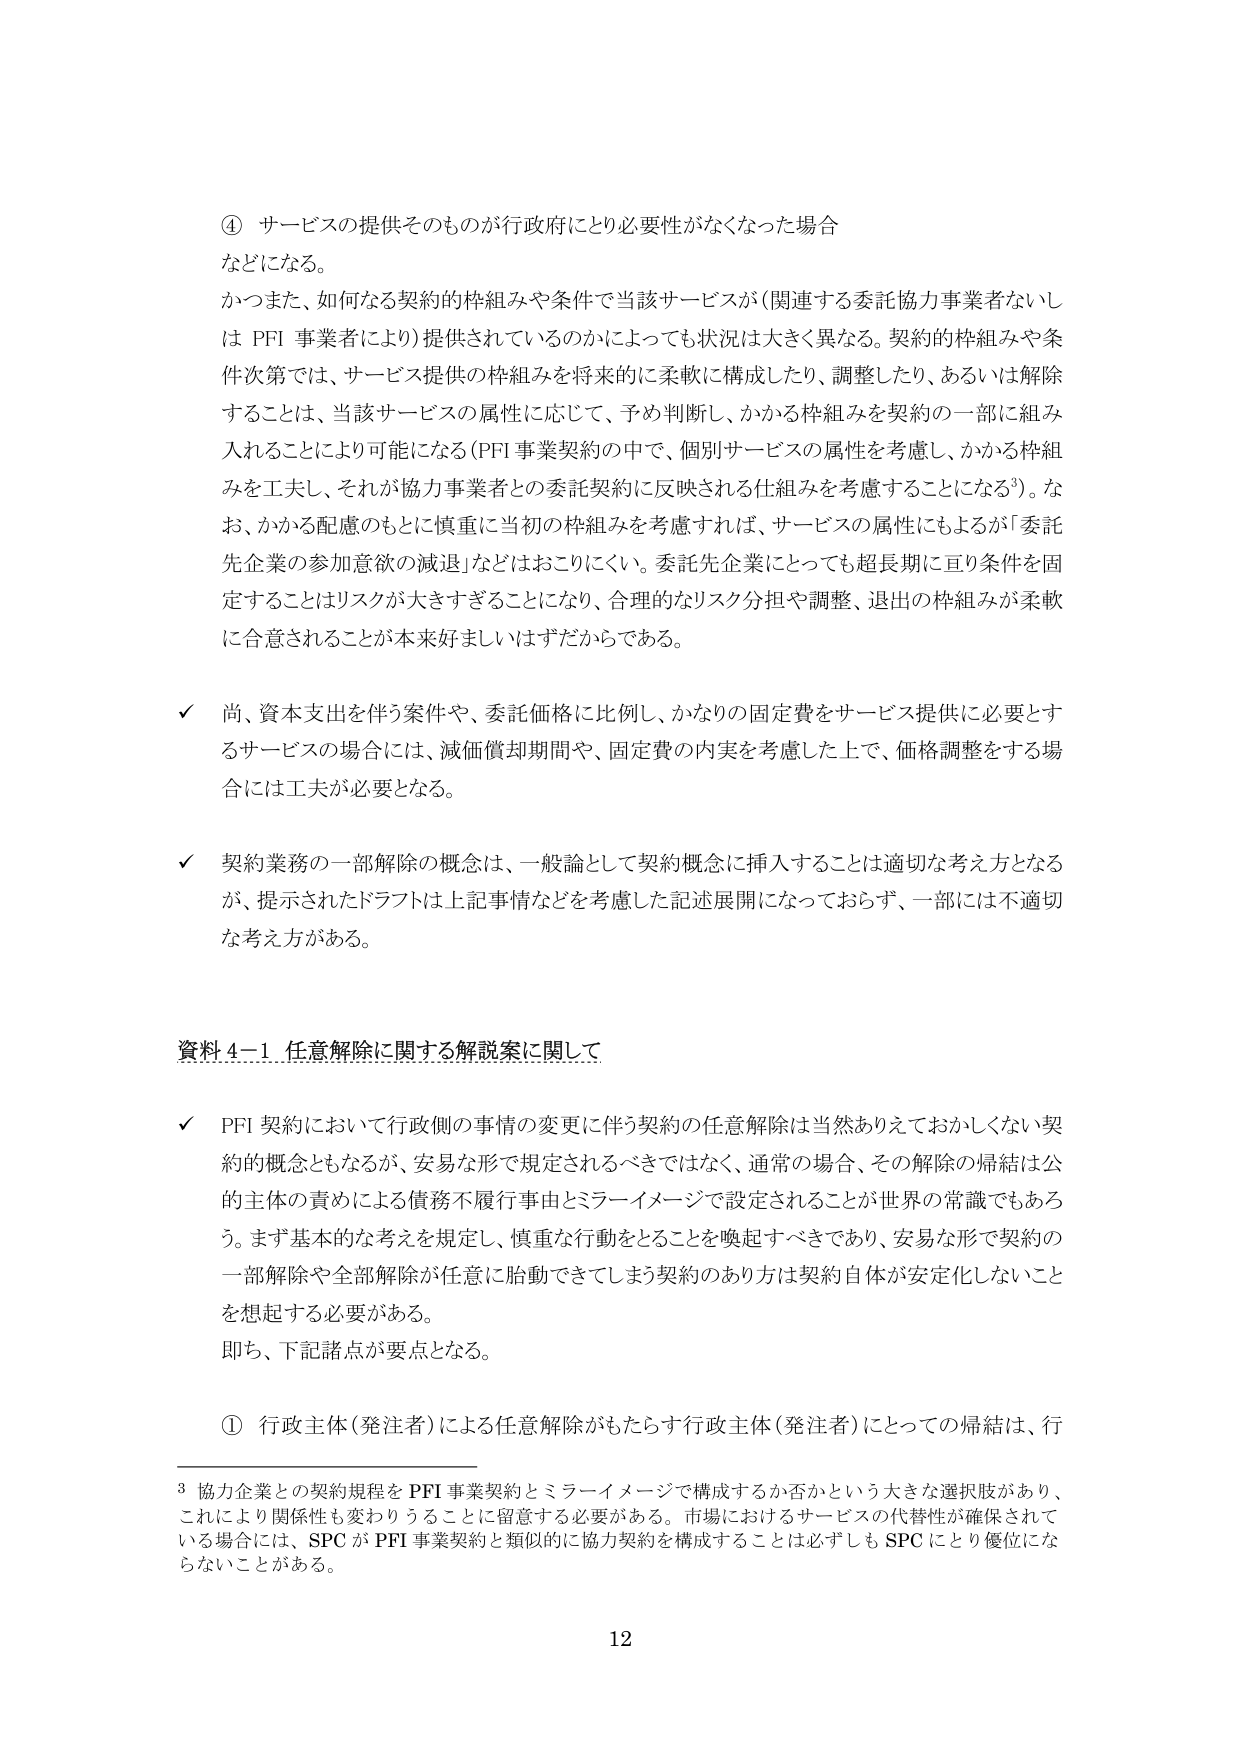
④ サービスの提供そのものが行政府にとり必要性がなくなった場合
などになる。
かつまた、如何なる契約的枠組みや条件で当該サービスが（関連する委託協力事業者ないしは PFI 事業者により）提供されているのかによっても状況は大きく異なる。契約的枠組みや条件次第では、サービス提供の枠組みを将来的に柔軟に構成したり、調整したり、あるいは解除することは、当該サービスの属性に応じて、予め判断し、かかる枠組みを契約の一部に組み入れることにより可能になる（PFI 事業契約の中で、個別サービスの属性を考慮し、かかる枠組みを工夫し、それが協力事業者との委託契約に反映される仕組みを考慮することになる³）。なお、かかる配慮のもとに慎重に当初の枠組みを考慮すれば、サービスの属性にもよるが「委託先企業の参加意欲の減退」などはおこりにくい。委託先企業にとっても超長期に亘り条件を固定することはリスクが大きすぎることになり、合理的なリスク分担や調整、退出の枠組みが柔軟に合意されることが本来好ましいはずだからである。

✓ 尚、資本支出を伴う案件や、委託価格に比例し、かなりの固定費をサービス提供に必要とするサービスの場合には、減価償却期間や、固定費の内実を考慮した上で、価格調整をする場合には工夫が必要となる。

✓ 契約業務の一部解除の概念は、一般論として契約概念に挿入することは適切な考え方となるが、提示されたドラフトは上記事情などを考慮した記述展開になっておらず、一部には不適切な考え方がある。

資料 4-1 任意解除に関する解説案に関して

✓ PFI 契約において行政側の事情の変更に伴う契約の任意解除は当然ありえておかしくない契約的概念ともなるが、安易な形で規定されるべきではなく、通常の場合、その解除の帰結は公的主体の責めによる債務不履行事由とミラーイメージで設定されることが世界の常識でもあろう。まず基本的な考えを規定し、慎重な行動をとることを喚起すべきであり、安易な形で契約の一部解除や全部解除が任意に胎動できてしまう契約のあり方は契約自体が安定しないことを想起する必要がある。
即ち、下記諸点が要点となる。

① 行政主体（発注者）による任意解除がもたらす行政主体（発注者）にとっての帰結は、行

³ 協力企業との契約規程を PFI 事業契約とミラーイメージで構成するか否かという大きな選択肢があり、これにより関係性も変わりうることに留意する必要がある。市場におけるサービスの代替性が確保されている場合には、SPC が PFI 事業契約と類似的に協力契約を構成することは必ずしも SPC にとり優位にならないことがある。

12